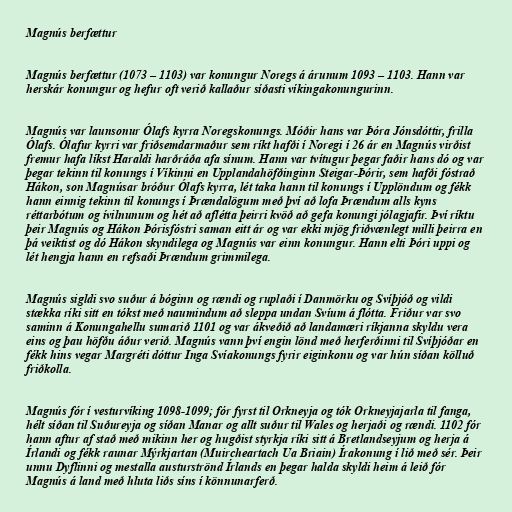
Magnús berfættur

Magnús berfættur (1073 – 1103) var konungur Noregs á árunum 1093 – 1103. Hann var
herskár konungur og hefur oft verið kallaður síðasti víkingakonungurinn.

Magnús var launsonur Ólafs kyrra Noregskonungs. Móðir hans var Þóra Jónsdóttir, frilla
Ólafs. Ólafur kyrri var friðsemdarmaður sem ríkt hafði í Noregi í 26 ár en Magnús virðist
fremur hafa líkst Haraldi harðráða afa sínum. Hann var tvítugur þegar faðir hans dó og var
þegar tekinn til konungs í Víkinni en Upplandahöfðinginn Steigar-Þórir, sem hafði fóstrað
Hákon, son Magnúsar bróður Ólafs kyrra, lét taka hann til konungs í Upplöndum og fékk
hann einnig tekinn til konungs í Þrændalögum með því að lofa Þrændum alls kyns
réttarbótum og ívilnunum og hét að aflétta þeirri kvöð að gefa konungi jólagjafir. Því ríktu
þeir Magnús og Hákon Þórisfóstri saman eitt ár og var ekki mjög friðvænlegt milli þeirra en
þá veiktist og dó Hákon skyndilega og Magnús var einn konungur. Hann elti Þóri uppi og
lét hengja hann en refsaði Þrændum grimmilega.

Magnús sigldi svo suður á bóginn og rændi og ruplaði í Danmörku og Svíþjóð og vildi
stækka ríki sitt en tókst með naumindum að sleppa undan Svíum á flótta. Friður var svo
saminn á Konungahellu sumarið 1101 og var ákveðið að landamæri ríkjanna skyldu vera
eins og þau höfðu áður verið. Magnús vann því engin lönd með herferðinni til Svíþjóðar en
fékk hins vegar Margréti dóttur Inga Svíakonungs fyrir eiginkonu og var hún síðan kölluð
friðkolla.

Magnús fór í vesturvíking 1098-1099; fór fyrst til Orkneyja og tók Orkneyjajarla til fanga,
hélt síðan til Suðureyja og síðan Manar og allt suður til Wales og herjaði og rændi. 1102 fór
hann aftur af stað með mikinn her og hugðist styrkja ríki sitt á Bretlandseyjum og herja á
Írlandi og fékk raunar Mýrkjartan (Muircheartach Ua Briain) Írakonung í lið með sér. Þeir
unnu Dyflinni og mestalla austurströnd Írlands en þegar halda skyldi heim á leið fór
Magnús á land með hluta liðs síns í könnunarferð.